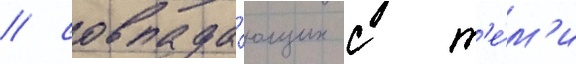
/ совпада́ющих с т'е́м'и